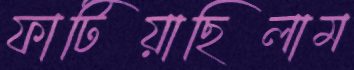
ফাটিয়াছিলাম